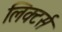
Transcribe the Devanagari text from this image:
लिक्टर्स